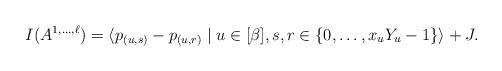
\begin{align*}I(A^{1,\dots,\ell}) = \langle p_{(u,s)} - p_{(u,r)} \mid u \in [\beta], s,r \in \{0,\dots,x_uY_u -1\} \rangle + J.\end{align*}